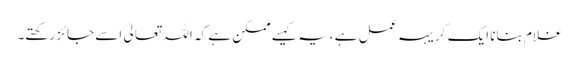
غلام بنانا ایک کریہہ عمل ہے ،یہ کیسے ممکن ہے کہ اللہ تعالیٰ اسے جائز رکھتے۔